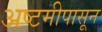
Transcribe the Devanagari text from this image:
अष्टमीपासून